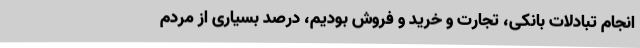
انجام تبادلات بانکی، تجارت و خرید و فروش بودیم، درصد بسیاری از مردم